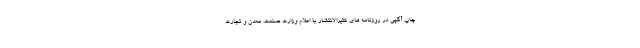
چاپ آگهی در روزنامه های کثیرالانتشار با اعلام وزارت صنعت، معدن و تجارت